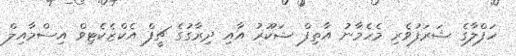
ހަފްލާގެ ޝަރަފުވެރި މެހެމާނު އާތިފް ޝަކޫރު އާއި ދިރާގުގެ ޗީފް އެކްޒެކެޓިވް އިސްމާއިލް